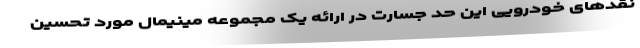
نقدهای خودرویی این حد جسارت در ارائه یک مجموعه مینیمال مورد تحسین